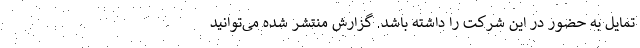
تمایل به حضور در این شرکت را داشته باشد. گزارش منتشر شده می‌توانید